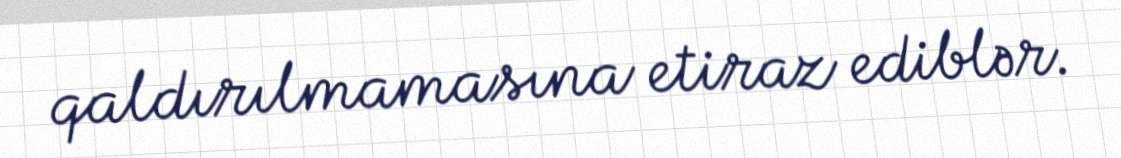
qaldırılmamasına etiraz ediblər.